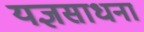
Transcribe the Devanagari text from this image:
यज्ञसाधना